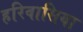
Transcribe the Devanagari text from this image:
हरिवासिया